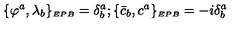
\{ \varphi ^ { a } , \lambda _ { b } \} _ { \scriptscriptstyle E P B } = \delta _ { b } ^ { a } ; \{ { \bar { c } } _ { b } , c ^ { a } \} _ { \scriptscriptstyle E P B } = - i \delta _ { b } ^ { a }